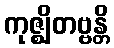
ကုဇ္ဈိတဗ္ဗန္တိ